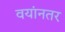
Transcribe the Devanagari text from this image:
वयांनतर